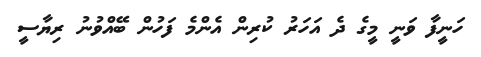
ހަނީފާ ވަނީ މީގެ ދެ އަހަރު ކުރިން އެންމެ ފަހުން ބޭއްވުނު ރިޔާސީ